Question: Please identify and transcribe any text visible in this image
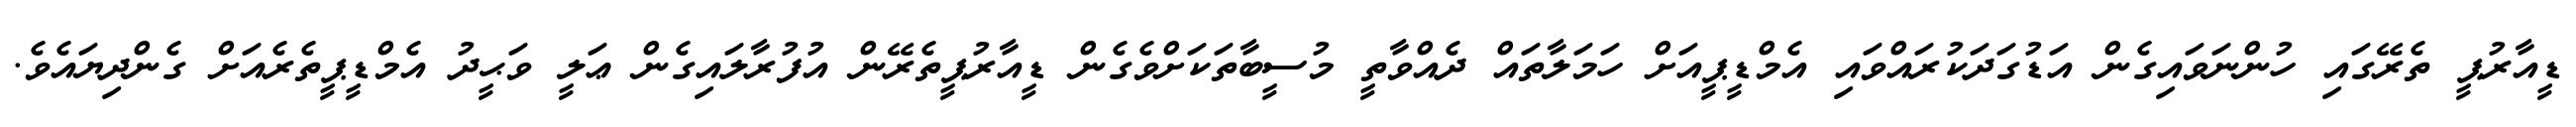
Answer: ޑީއާރުޕީ ތެރޭގައި ހުންނަވައިގެން އަޑުގަދަކުރައްވައި އެމްޑީޕީއަށް ހަމަލާތައް ދެއްވާތީ މުސީބާތަކަށްވެގެން ޑީއާރުޕީތެރޭން އުފުރާލައިގެން ޢަލީ ވަޙީދު އެމްޑީޕީތެރެއަށް ގެންދިޔައެވެ.